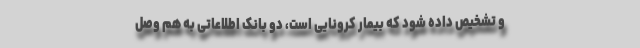
و تشخیص داده شود که بیمار کرونایی است، دو بانک اطلاعاتی به هم وصل